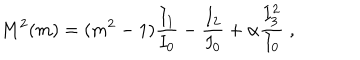
M ^ { 2 } ( m ) = ( m ^ { 2 } - 1 ) \frac { I _ { 1 } } { I _ { 0 } } - \frac { I _ { 2 } } { I _ { 0 } } + \alpha \frac { I _ { 3 } ^ { 2 } } { I _ { 0 } } \; ,